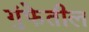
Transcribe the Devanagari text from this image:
गुंफेतील